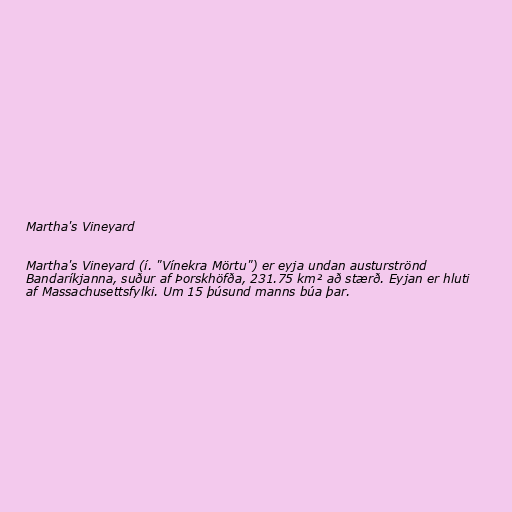
Martha's Vineyard

Martha's Vineyard (í. "Vínekra Mörtu") er eyja undan austurströnd
Bandaríkjanna, suður af Þorskhöfða, 231.75 km² að stærð. Eyjan er hluti
af Massachusettsfylki. Um 15 þúsund manns búa þar.